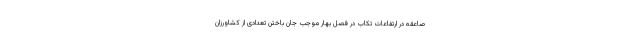
صاعقه در ارتفاعات تکاب در فصل بهار موجب جان باختن تعدادی از کشاورزان